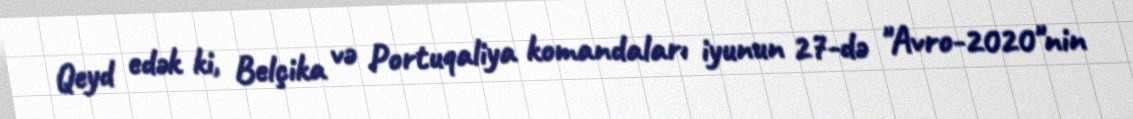
Qeyd edək ki, Belçika və Portuqaliya komandaları iyunun 27-də "Avro-2020"nin